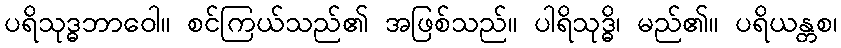
ပရိသုဒ္ဓဘာဝေါ။ စင်ကြယ်သည်၏ အဖြစ်သည်။ ပါရိသုဒ္ဓိ၊ မည်၏။ ပရိယန္တစ၊